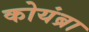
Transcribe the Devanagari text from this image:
कोयंब्रा